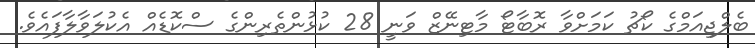
ބެލްޖިއަމްގެ ކޯޗު ކަމަށްވާ ރޮބާޓޯ މާޓިނޭޒް ވަނީ 28 ކުޅުންތެރިންގެ ސްކޮޑެއް އެކުލަވާލާފައެވެ.